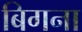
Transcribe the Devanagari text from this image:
बिगना